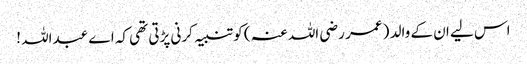
اس لیے ان کے والد ( عمر رضی اللہ عنہ ) کو تنبیہ کرنی پڑتی تھی کہ اے عبداللہ !